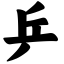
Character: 乒